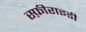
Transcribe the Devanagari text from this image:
स्फ़ीराइडी